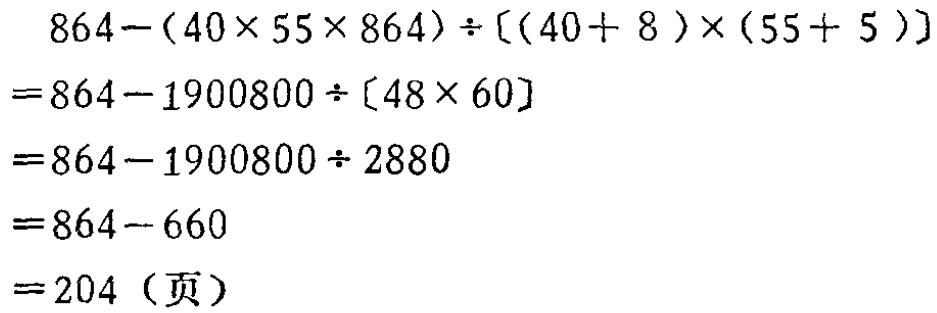
\[
\begin{align*}
&864-(40\times55\times864)\div[(40 + 8)\times(55 + 5)]\\
=&864-1900800\div[48\times60]\\
=&864-1900800\div2880\\
=&864 - 660\\
=&204（页）
\end{align*}
\]